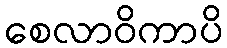
စေလာဝိကာပိ